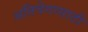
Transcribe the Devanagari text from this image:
अतिवेगासाठी